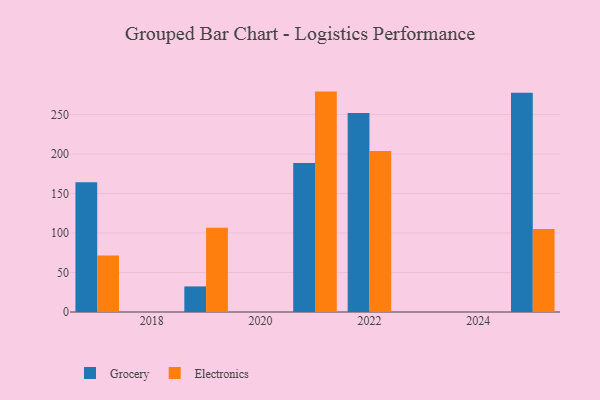
{"axis": {"x": "Year", "y": "Waste Production (Tons)"}, "legend": ["Electronics", "Grocery"], "data": [{"x": "2021", "y": 188.7, "type": "Grocery"}, {"x": "2021", "y": 279.0, "type": "Electronics"}, {"x": "2025", "y": 277.4, "type": "Grocery"}, {"x": "2025", "y": 105.0, "type": "Electronics"}, {"x": "2017", "y": 164.2, "type": "Grocery"}, {"x": "2017", "y": 71.5, "type": "Electronics"}, {"x": "2022", "y": 252.0, "type": "Grocery"}, {"x": "2022", "y": 203.9, "type": "Electronics"}, {"x": "2019", "y": 32.4, "type": "Grocery"}, {"x": "2019", "y": 106.8, "type": "Electronics"}]}